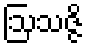
ဩသဇ္ဇိ